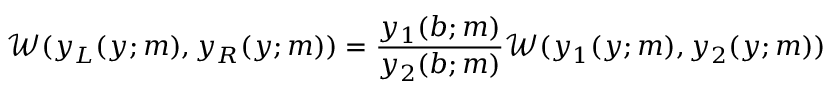
\mathscr { W } ( y _ { L } ( y ; m ) , y _ { R } ( y ; m ) ) = \frac { y _ { 1 } ( b ; m ) } { y _ { 2 } ( b ; m ) } \mathscr { W } ( y _ { 1 } ( y ; m ) , y _ { 2 } ( y ; m ) )